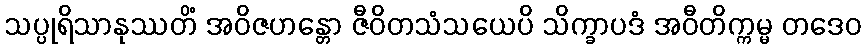
သပ္ပုရိသာနုဿတိံ အဝိဇဟန္တော ဇီဝိတသံသယေပိ သိက္ခာပဒံ အဝီတိက္ကမ္မ တဒေဝ